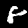
Digit: 8